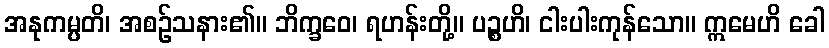
အနုကမ္ပတိ၊ အစဉ်သနား၏။ ဘိက္ခဝေ၊ ရဟန်းတို့။ ပဉ္စဟိ၊ ငါးပါးကုန်သော။ ဣမေဟိ ခေါ